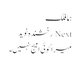
ہما فلک
Next رخشندہ نوید
میرا کوئی امیج نہیں۔